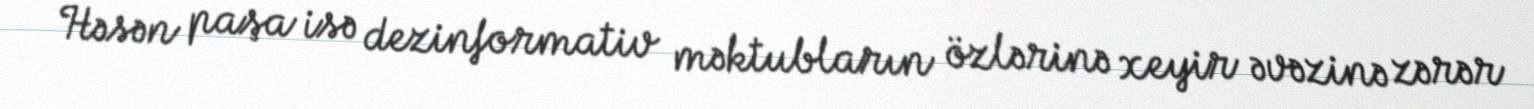
Həsən paşa isə dezinformativ məktubların özlərinə xeyir əvəzinə zərər